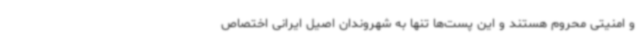
و امنیتی محروم هستند و این پست‌ها تنها به شهروندان اصیل ایرانی اختصاص